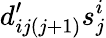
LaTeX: d_{ij(j+1)}^{\prime}s_{j}^{i}